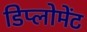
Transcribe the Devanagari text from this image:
डिप्लोमेंट